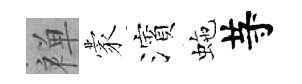
禅蒙濱虵䒭